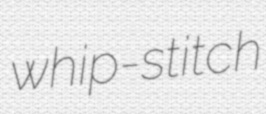
whip-stitch